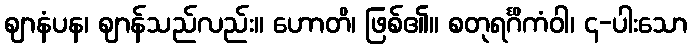
ဈာနံပန၊ ဈာန်သည်လည်း။ ဟောတိ၊ ဖြစ်၏။ စတုရင်္ဂိကံဝါ၊ ၄-ပါးသော